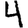
Digit: 4